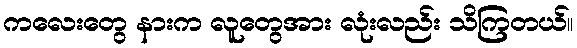
ကလေးတွေ နားက လူတွေအား လုံးလည်း သိကြတယ်။